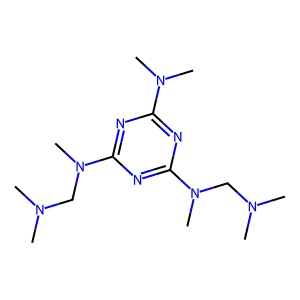
SMILES: CN(C)CN(C)c1nc(N(C)C)nc(N(C)CN(C)C)n1
Inhibits HIV replication: No